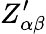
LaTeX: Z_{\alpha\beta}^{\prime}